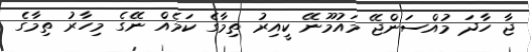
ޖާ ހާދަ މުއްސަންޖޭ މައުމޫނޭ ކީއިރު ތިމާގެ ކަމެއް ނޭގެ މިހާރު ތިމާގެ